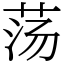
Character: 荡